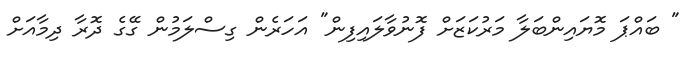
" ބައްޕަ މޮޔައިންބަލާ މަރުކަޒަށް ފޮނުވާލައިފިން" އަހަރެން ގިސްލަމުން ގޭގެ ދޮރާ ދިމާއަށް